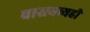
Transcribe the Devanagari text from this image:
वास्त्यव्यही